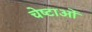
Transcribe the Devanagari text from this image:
चेष्‍टाओं